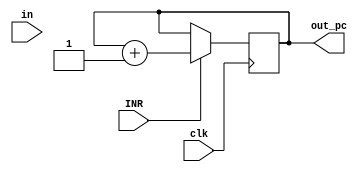
module PC_Reg( 
    input INR, clk,
    input [3:0] in,
    output reg [3:0] out_pc
); 
initial begin 
    out_pc = 4'h0; 
end 

always @(posedge clk) begin 
    if (INR) begin 
        out_pc <= out_pc + 1; 
    end
end
endmodule